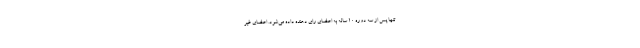
تنها پس از سه دوره 10 ساله به اعضای رای دهنده داده می‌شود. اعضای غیر